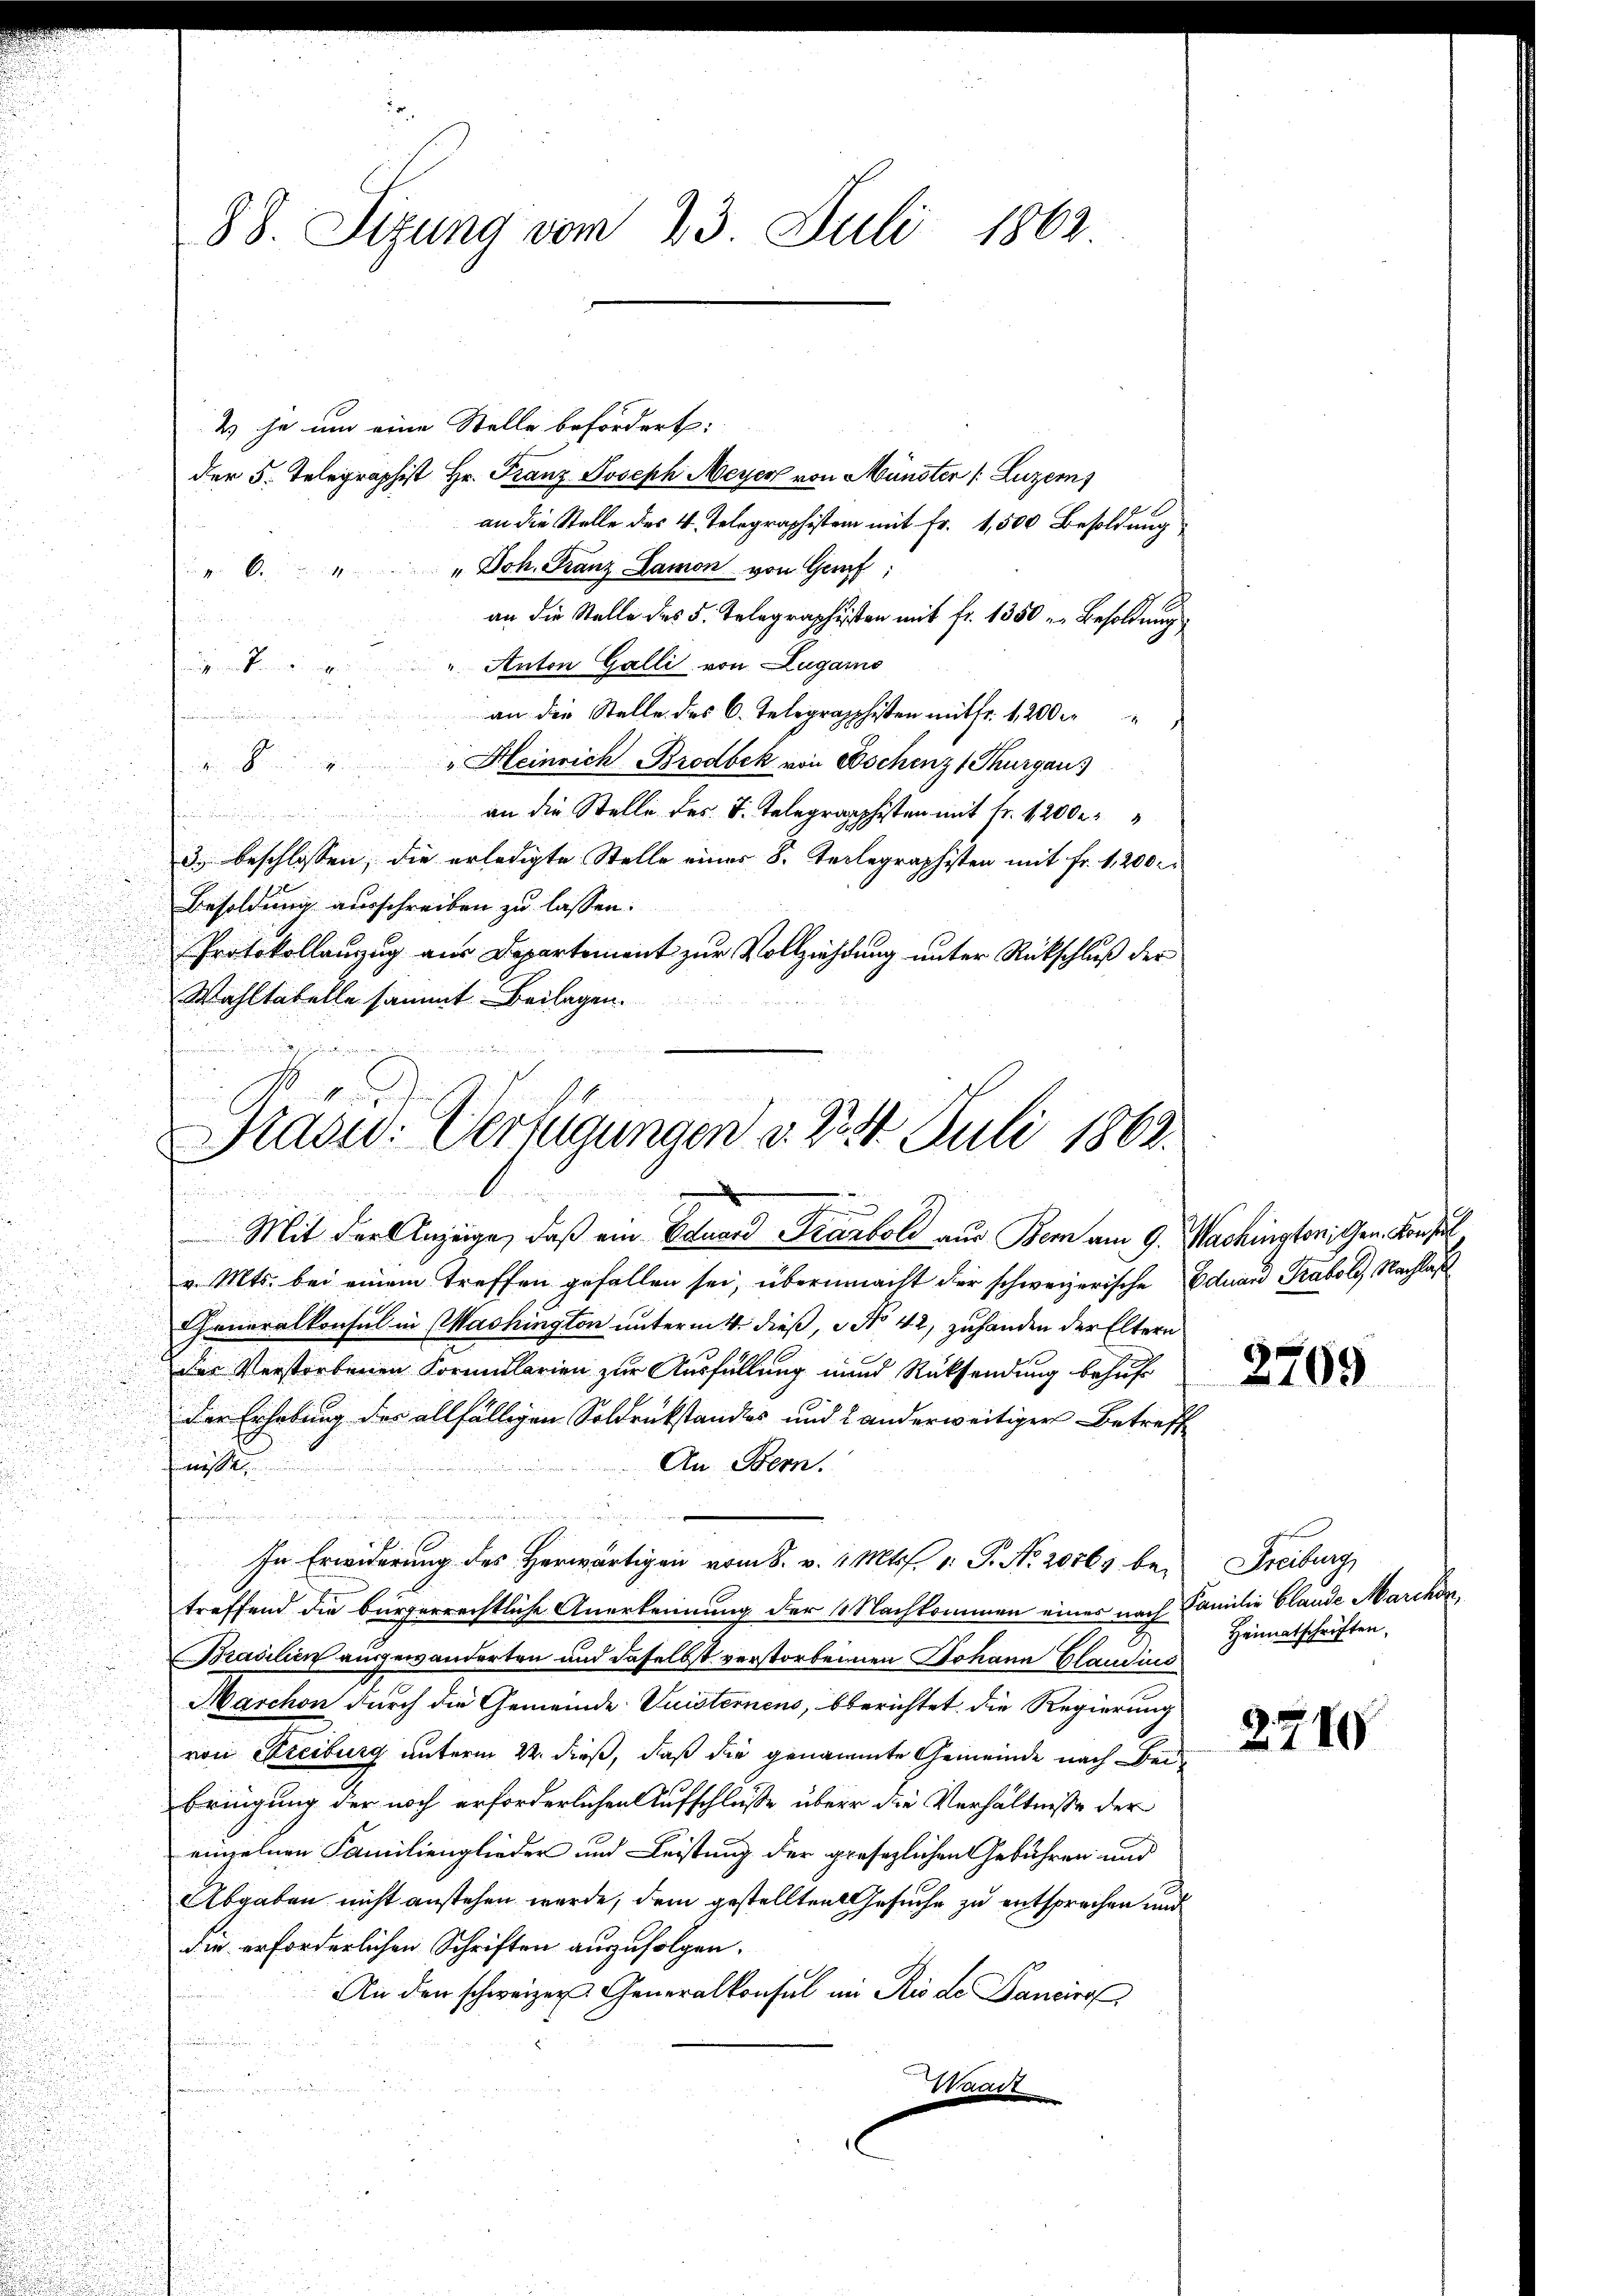
4 je um eine Stelle befördert:
der 5. Telegraphist Hr. Franz Joseph Meyer von Münster (Luzern)
an die Stelle des 4. Telegraphisten mit Fr. 1,500 Besoldung
" Joh. Franz Lamon von Genf,
 z. B.
an die Stelle des 5. Telegraphisten mit fr. 1350 u. Besoldung
Anton Galli von Lugano

an die Stelle des C. Telegraphisten mit fr. 1200 r
"Heinrich Brodbek von Eschenz Thurgau
eien und
an die Stelle des J. Telegraphisten mit Fr. 4200.

3) beschlossen, die erledigte Stelle eines 8. Teilegraphisten mit fr. 1, 200 r.
Besoldung ausschreiben zu lassen.
Protokollanzug aus Departement zur Vollziehung unter Rückschluß der
Wahltatelle sammt Beilagen.

88. Sizung vom 23. Juli 1862

Brasi: Verfügungen d. 23 24 Juli 1862.
1
g
Mit der Anzeige, daß ein Eduard Karboli aus Bern am 9. Washington Gen. Konsul

v. Mts. bei einem treffen gefallen sei, übermacht der schweizerische Eduard Traboli, Nachlaß
Generalkonsul in Mashington unterm 4. dieß, Nr. 42, zuhanden der Eltern
des Verstorbenen Formularien zur Ausfüllung und Rücksendung behuf
der Erhebung der allfälligen Soldrükstandes und 2 anderweitiger Betreff
An Bern.
nissen
u
In Erwiderung des Herwärtigen vom 8. v. 4. Mts. v. P. Nr. 20563 be-
treffend die bürgerrechtliche Anerkennung der 11 Nachkommen einer nach Familie blande Marchen,
Brasilien ausgewanderten und daselbst verstorbenen Johann Glaudius
Marchon durch die Gemeinde Suisternens, berichtet die Regierung
von Streiburg unterm 22. dieß, daß die genamte Gemeinde nach Beibringung der noch erforderlichen Aufschlüsse über die Verhältnisse der
einzelnen Familienglieder und Leistung der presezlichen Gebühren und
Abgaben nicht anstehen werde, dem gestellten Gesuche zu entsprochen und
die erforderlichen Schriften auszufolgen.
An den schweizer Generalkonsul in Rio de Pancire
aadt

2709

Freiburg,
Heimatschriften,

2788